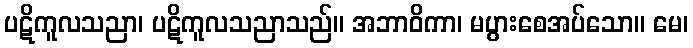
ပဋိကူလသညာ၊ ပဋိကူလသညာသည်။ အဘာဝိကာ၊ မပွားစေအပ်သော။ မေ၊